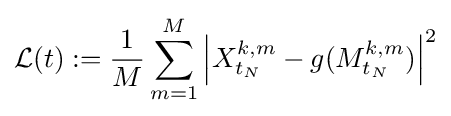
{\mathcal {L}}(t):={\frac {1}{M}}\sum _{m=1}^{M}\left|X_{t_{N}}^{k,m}-g(M_{t_{N}}^{k,m})\right|^{2}